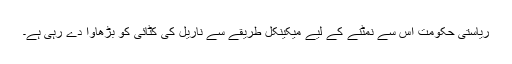
ریاستی حکومت اس سے نمٹنے کے لیے میکینکل طریقے سے ناریل کی کٹائی کو بڑھاوا دے رہی ہے۔